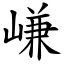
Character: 嵰